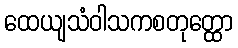
ထေယျသံဝါသကစတုတ္ထော